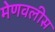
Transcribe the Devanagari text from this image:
मेणवलीस